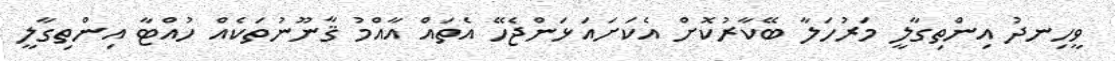
ވީހިނދު އިންތިގާލީ މަރުހަލާ ބޭކާރުކޮށް އެކަށައަޅަންޖެހޭ އެތައް އާއްމު ޤާނޫނުތަކެއް ހުއްޓާ އިންތިގާލީ